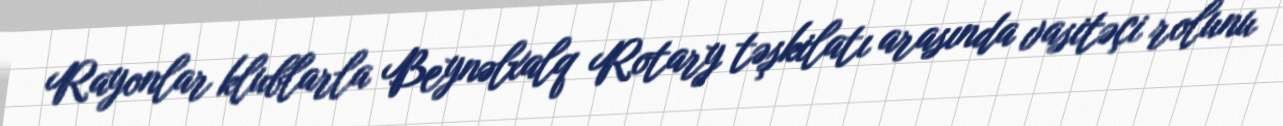
Rayonlar klublarla Beynəlxalq Rotary təşkilatı arasında vasitəçi rolunu